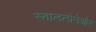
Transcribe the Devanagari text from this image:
स्ताललोनेऔर